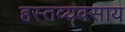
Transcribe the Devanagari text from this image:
हस्तव्यवसाय